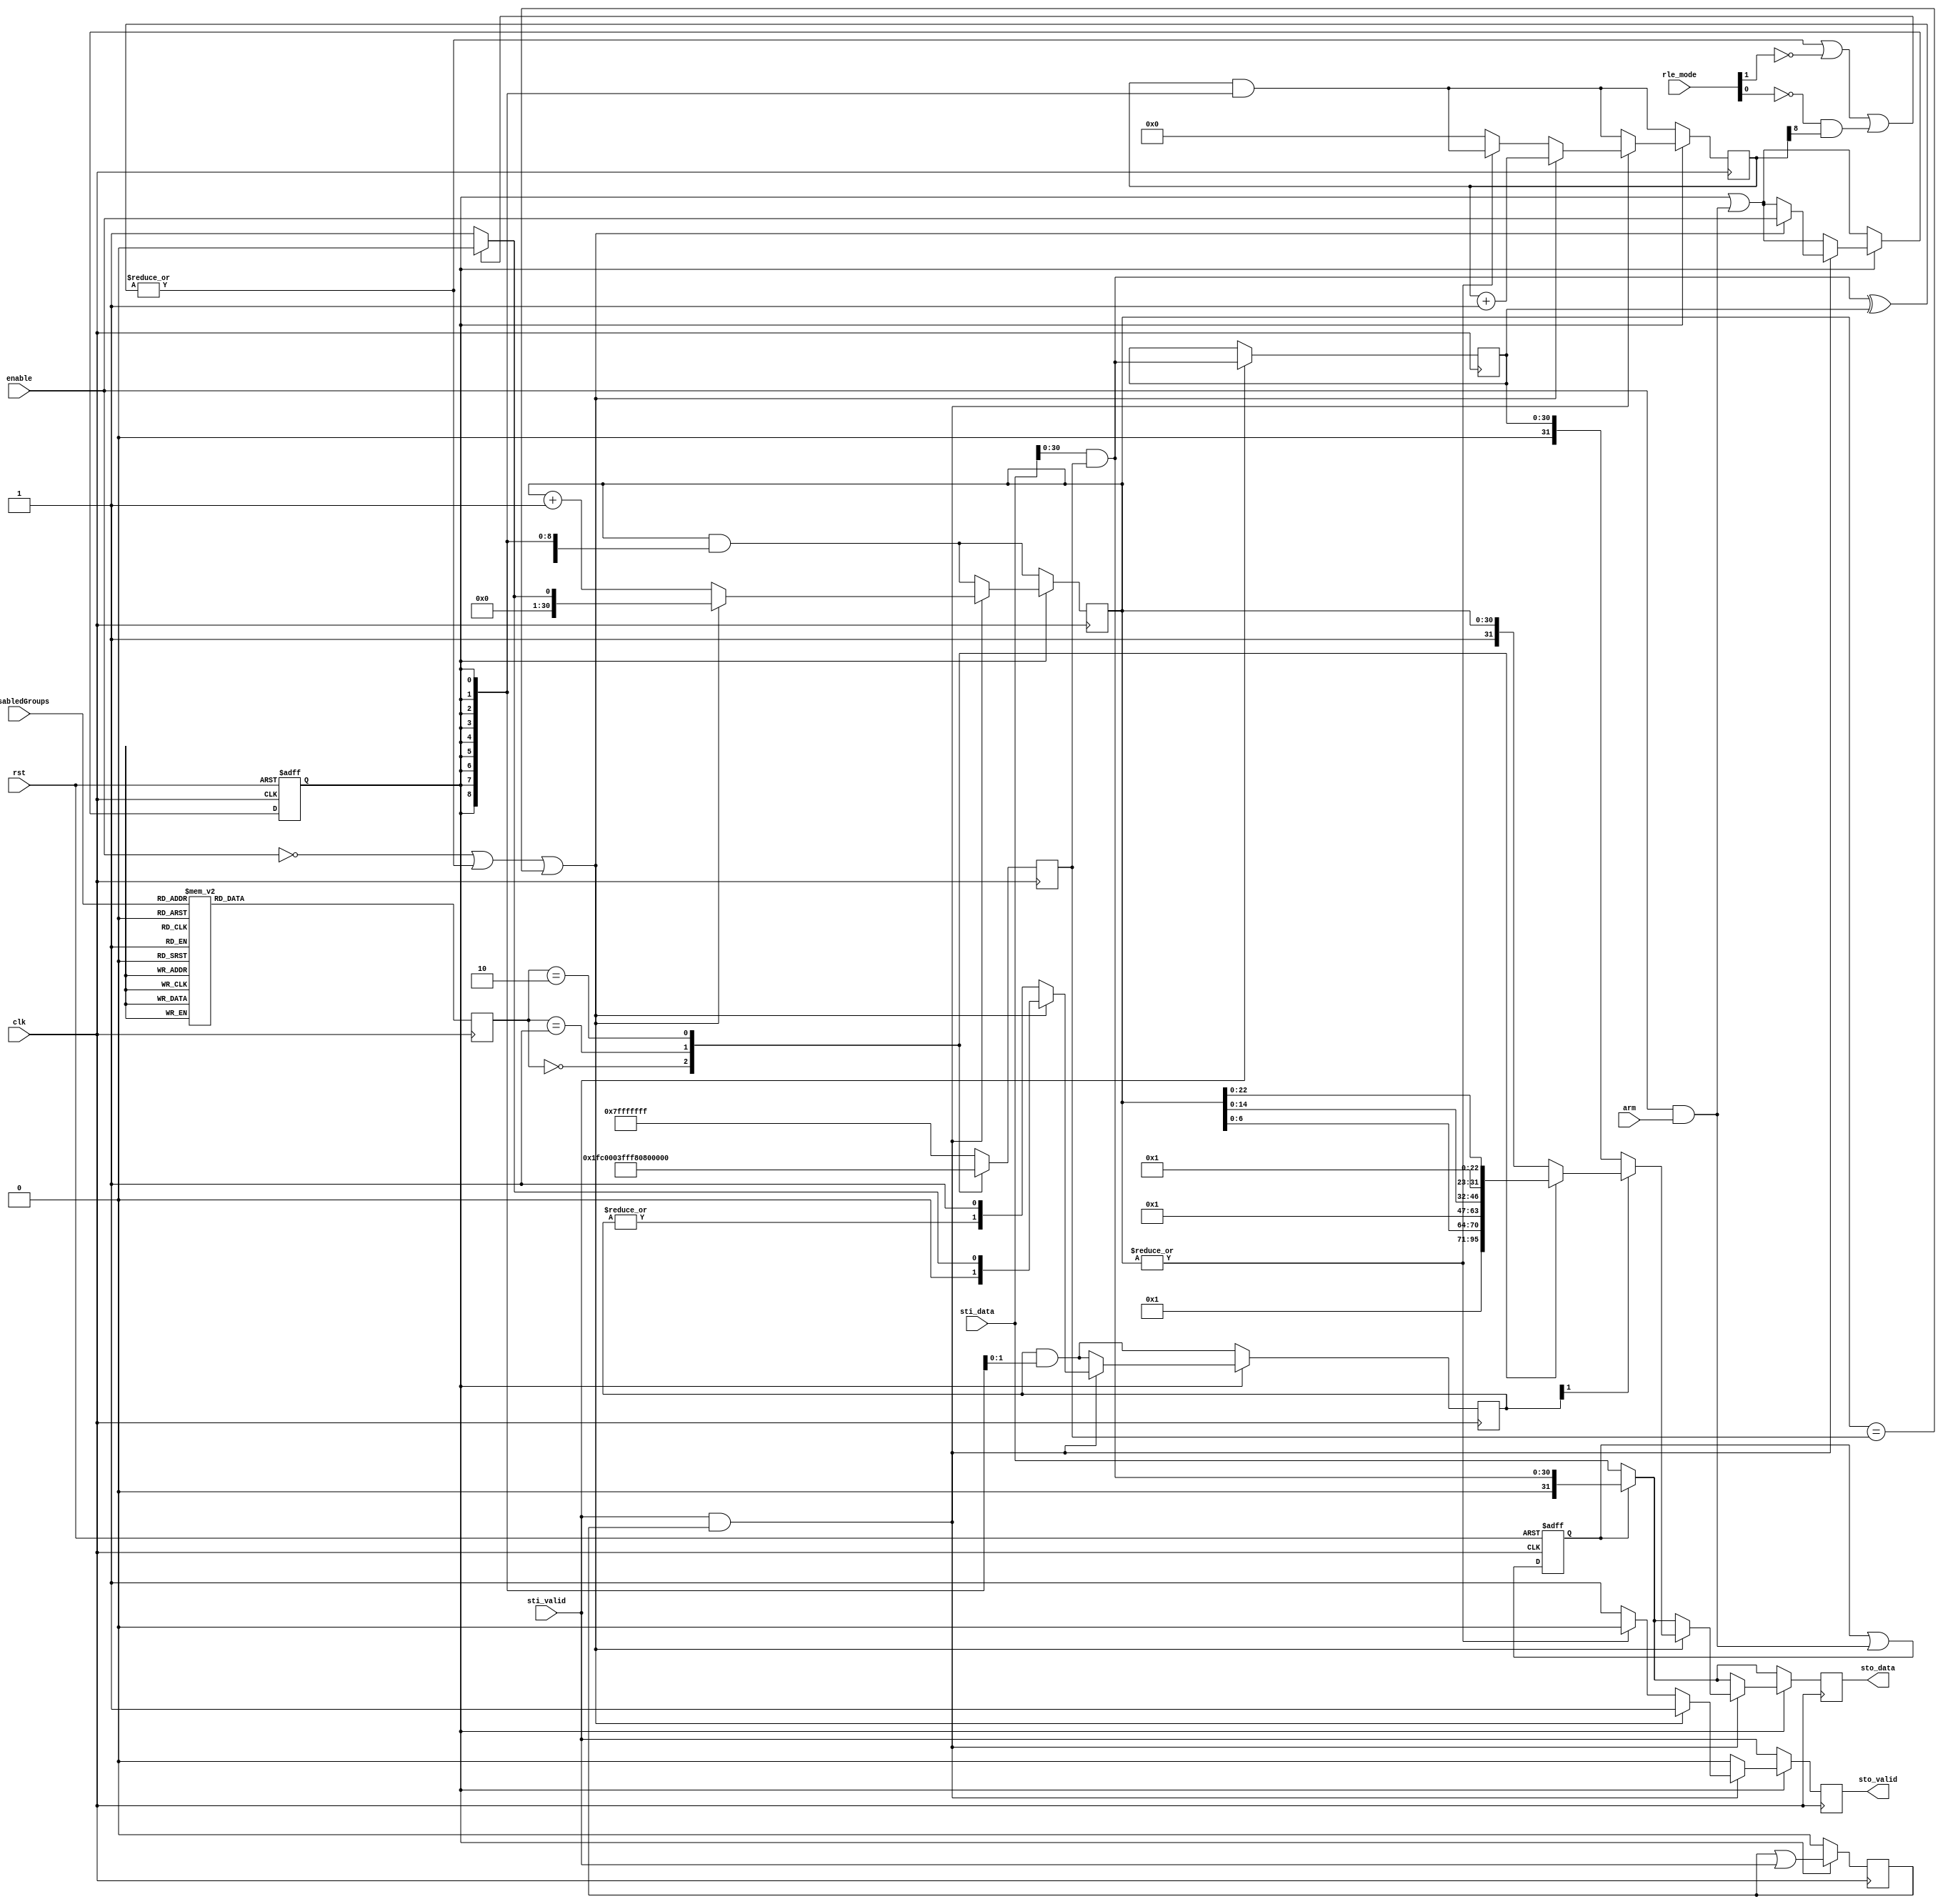
module rle_enc #(
  parameter integer DW = 32
)(
  // system signals
  input  wire          clk,
  input  wire          rst,
  // configuration/control signals
  input  wire          enable,
  input  wire          arm,
  input  wire    [1:0] rle_mode,
  input  wire    [3:0] disabledGroups,
  // input stream
  input  wire [DW-1:0] sti_data,
  input  wire          sti_valid,
  // output stream
  output reg  [DW-1:0] sto_data,
  output reg           sto_valid = 0
);

localparam RLE_COUNT = 1'b1;

//
// Registers...
//
reg         active = 0, next_active;
reg         mask_flag = 0, next_mask_flag;
reg   [1:0] mode;
reg  [30:0] data_mask;
reg  [30:0] last_data, next_last_data;
reg         last_valid = 0, next_last_valid;
reg  [31:0] next_sto_data;
reg         next_sto_valid;

reg  [30:0] count = 0, next_count;		// # of times seen same input data
reg   [8:0] fieldcount = 0, next_fieldcount;	// # times output back-to-back <rle-counts> with no <value>
reg   [1:0] track = 0, next_track;		// Track if at start of rle-coutn sequence.

wire [30:0] inc_count = count+1'b1;
wire        count_zero = ~|count;
wire        count_gt_one = track[1];
wire        count_full = (count==data_mask);

reg         mismatch;

wire [30:0] masked_sti_data = sti_data & data_mask;


// Repeat mode: In <value><rle-count> pairs, a count of 4 means 4 samples.
//   In other words, in repeat mode the count is inclusive of the value.
//   When disabled (repitition mode), the count is exclusive.
wire rle_repeat_mode = 0; // (rle_mode==0);  // Disabled - modes 0 & 1 now identical

//
// Figure out what mode we're in (8/16/24 or 32 bit)...
//
always @ (posedge clk)
begin
  case (disabledGroups)
    4'b1110,4'b1101,4'b1011,4'b0111                 : mode <= 2'h0; // 8-bit
    4'b1100,4'b1010,4'b0110,4'b1001,4'b0101,4'b0011 : mode <= 2'h1; // 16-bit
    4'b1000,4'b0100,4'b0010,4'b0001                 : mode <= 2'h2; // 24-bit
    default                                         : mode <= 2'h3; // 24 or 32-bit
  endcase

  // Mask to strip off disabled groups.  Data must have already been
  // aligned (see data_align.v)...
  case (mode)
    2'h0    : data_mask <= 32'h0000007F;
    2'h1    : data_mask <= 32'h00007FFF;
    2'h2    : data_mask <= 32'h007FFFFF;
    default : data_mask <= 32'h7FFFFFFF;
  endcase
end

//
// Control Logic...
//
always @ (posedge clk, posedge rst)
if (rst) begin
  active    <= 0;
  mask_flag <= 0;
end else begin
  active    <= next_active;
  mask_flag <= next_mask_flag;
end

always @ (posedge clk)
begin
  count      <= next_count;
  fieldcount <= next_fieldcount;
  track      <= next_track;
  sto_data   <= next_sto_data;
  sto_valid  <= next_sto_valid;
  last_data  <= next_last_data;
  last_valid <= next_last_valid;
end

always @*
begin
  next_active = active | (enable && arm);
  next_mask_flag = mask_flag | (enable && arm); // remains asserted even if rle_enable turned off

  next_sto_data = (mask_flag) ? masked_sti_data : sti_data;
  next_sto_valid = sti_valid;
  next_last_data = (sti_valid) ? masked_sti_data : last_data; 
  next_last_valid = 1'b0;
  next_count = count & {31{active}};
  next_fieldcount = fieldcount & {9{active}};
  next_track = track & {2{active}};

  mismatch = |(masked_sti_data^last_data); // detect any difference not masked

  if (active)
    begin
      next_sto_valid = 1'b0;
      next_last_valid = last_valid | sti_valid;

      if (sti_valid && last_valid)
        if (!enable || mismatch || count_full) // if mismatch, or counter full, then output count (if count>1)...
          begin
	    next_active = enable;
            next_sto_valid = 1'b1;
            next_sto_data = {RLE_COUNT,count};
            case (mode)
              2'h0 : next_sto_data = {RLE_COUNT,count[6:0]};
              2'h1 : next_sto_data = {RLE_COUNT,count[14:0]};
              2'h2 : next_sto_data = {RLE_COUNT,count[22:0]};
            endcase
            if (!count_gt_one) next_sto_data = last_data;

	    next_fieldcount = fieldcount+1'b1; // inc # times output rle-counts

	    // If mismatch, or rle_mode demands it, set count=0 (which will force reissue of a <value>).
	    // Otherwise, set to 1 to avoid thre redundant <value> from being output.
	    next_count = (mismatch || ~rle_mode[1] || ~rle_mode[0] & fieldcount[8]) ? 0 : 1;
	    next_track = next_count[1:0];
          end
        else // match && !count_full
	  begin
            next_count = inc_count;
	    if (count_zero) // write initial data if count zero
	      begin
		next_fieldcount = 0;
		next_sto_valid = 1'b1;
	      end
	    if (rle_repeat_mode && count_zero) next_count = 2;
	    next_track = {|track,1'b1};
	  end
    end
end

endmodule